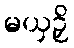
မယှဉှိ